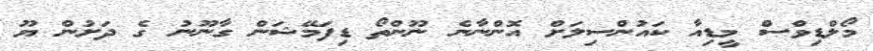
މޯލްޑިވްސް މީޑިއާ ކައުންސިލަށް އޮންނާނެ ނޫންތޯ ޑިފަމޭޝަން ގާނޫނު ގެ ދަށުން ޔޫ